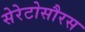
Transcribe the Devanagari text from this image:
सेरेटोसौरस